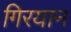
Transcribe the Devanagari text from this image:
गिरयान